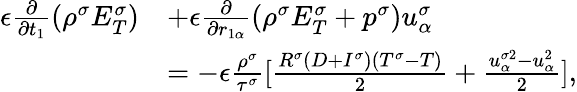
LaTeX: \begin{array}{r}{\begin{array}{rl}{\epsilon\frac{\partial}{\partial t_{1}}(\rho^{\sigma}E_{T}^{\sigma})}&{+\epsilon\frac{\partial}{\partial r_{1\alpha}}(\rho^{\sigma}E_{T}^{\sigma}+p^{\sigma})u_{\alpha}^{\sigma}}\\ &{=-\epsilon\frac{\rho^{\sigma}}{\tau^{\sigma}}[\frac{R^{\sigma}(D+I^{\sigma})(T^{\sigma}-T)}{2}+\frac{u_{\alpha}^{\sigma 2}-u_{\alpha}^{2}}{2}],}\end{array}}\end{array}